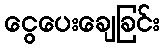
ငွေပေးချေခြင်း